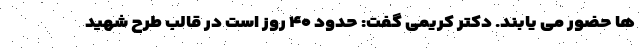
ها حضور می یابند. دکتر کریمی گفت: حدود ۴۰ روز است در قالب طرح شهید